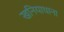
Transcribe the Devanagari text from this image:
खनियाधाना